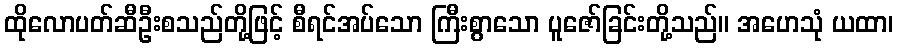
ထိုလောပတ်ဆီဦးစသည်တို့ဖြင့် စီရင်အပ်သော ကြီးစွာသော ပူဇော်ခြင်းတို့သည်။ အဟေသုံ ယထာ၊